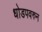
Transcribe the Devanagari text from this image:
धोडपवरुन